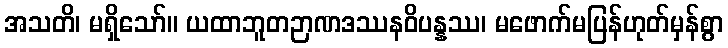
အသတိ၊ မရှိသော်။ ယထာဘူတဉာဏဒဿနဝိပန္နဿ၊ မဖောက်မပြန်ဟုတ်မှန်စွာ